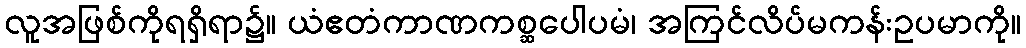
လူအဖြစ်ကိုရရှိရာ၌။ ယံဧတံကာဏကစ္ဆပေါပမံ၊ အကြင်လိပ်မကန်းဥပမာကို။